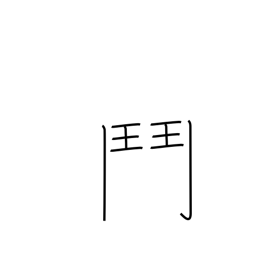
Meaning: broken gate radical (no. 191)